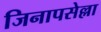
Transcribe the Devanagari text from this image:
जिनापसेल्ला